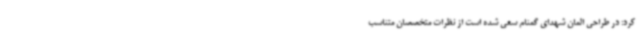
کرد: در طراحی المان شهدای گمنام سعی شده است از نظرات متخصصان متناسب